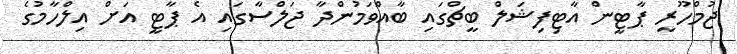
ޖުމްހޫރީ ޕާޓީން އާޓިފިޝަލް ބީޗްގައި ބާއްވަމުންދާ ޖަލްސާގައި އެ ޕާޓީ އަށް އިލްހާމުގެ